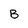
Character: B